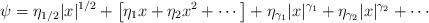
LaTeX: \begin{align*}\psi = \eta_{1/2} |x|^{1/2} + \left[ \eta_1 x + \eta_2 x^2 +\cdots \right] + \eta_{\gamma_1} |x|^{\gamma_1} + \eta_{\gamma_2} |x|^{\gamma_2} + \cdots\end{align*}